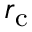
r _ { \mathrm { c } }